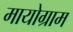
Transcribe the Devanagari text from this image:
मायोग्राम